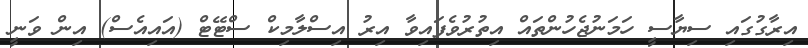
އިރާގުގައި ސިޔާސީ ހަމަނުޖެހުންތައް އިތުރުވެފައިވާ އިރު އިސްލާމިކް ސްޓޭޓް (އައިއެސް) އިން ވަނީ